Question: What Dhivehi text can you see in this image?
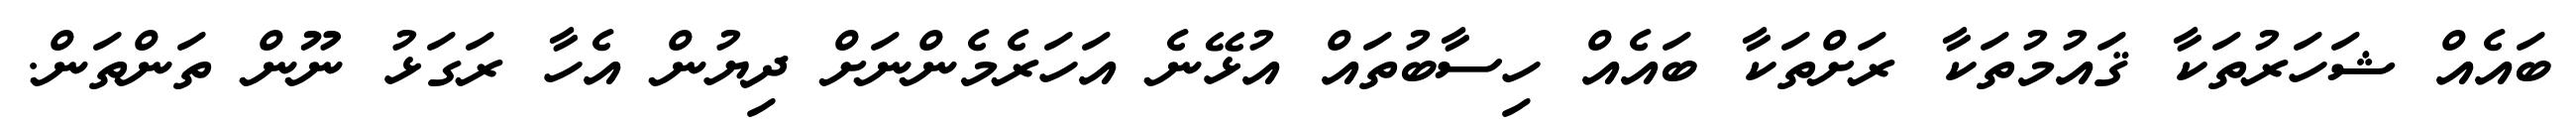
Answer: ބައެއް ޝަހަރުތަކާ ޤައުމުތަކާ ރަށްތަކާ ބައެއް ހިސާބުތައް އުޅޭނެ އަހަރެމެންނަށް ދިޔުން އެހާ ރަގަޅު ނޫން ތަންތަން.